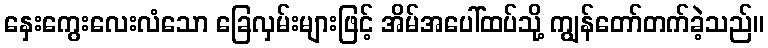
နှေးကွေးလေးလံသော ခြေလှမ်းများဖြင့် အိမ်အပေါ်ထပ်သို့ ကျွန်တော်တက်ခဲ့သည်။